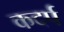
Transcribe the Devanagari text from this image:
कदर्प